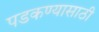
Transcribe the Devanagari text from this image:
पडकण्यासाठी